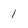
Character: 1